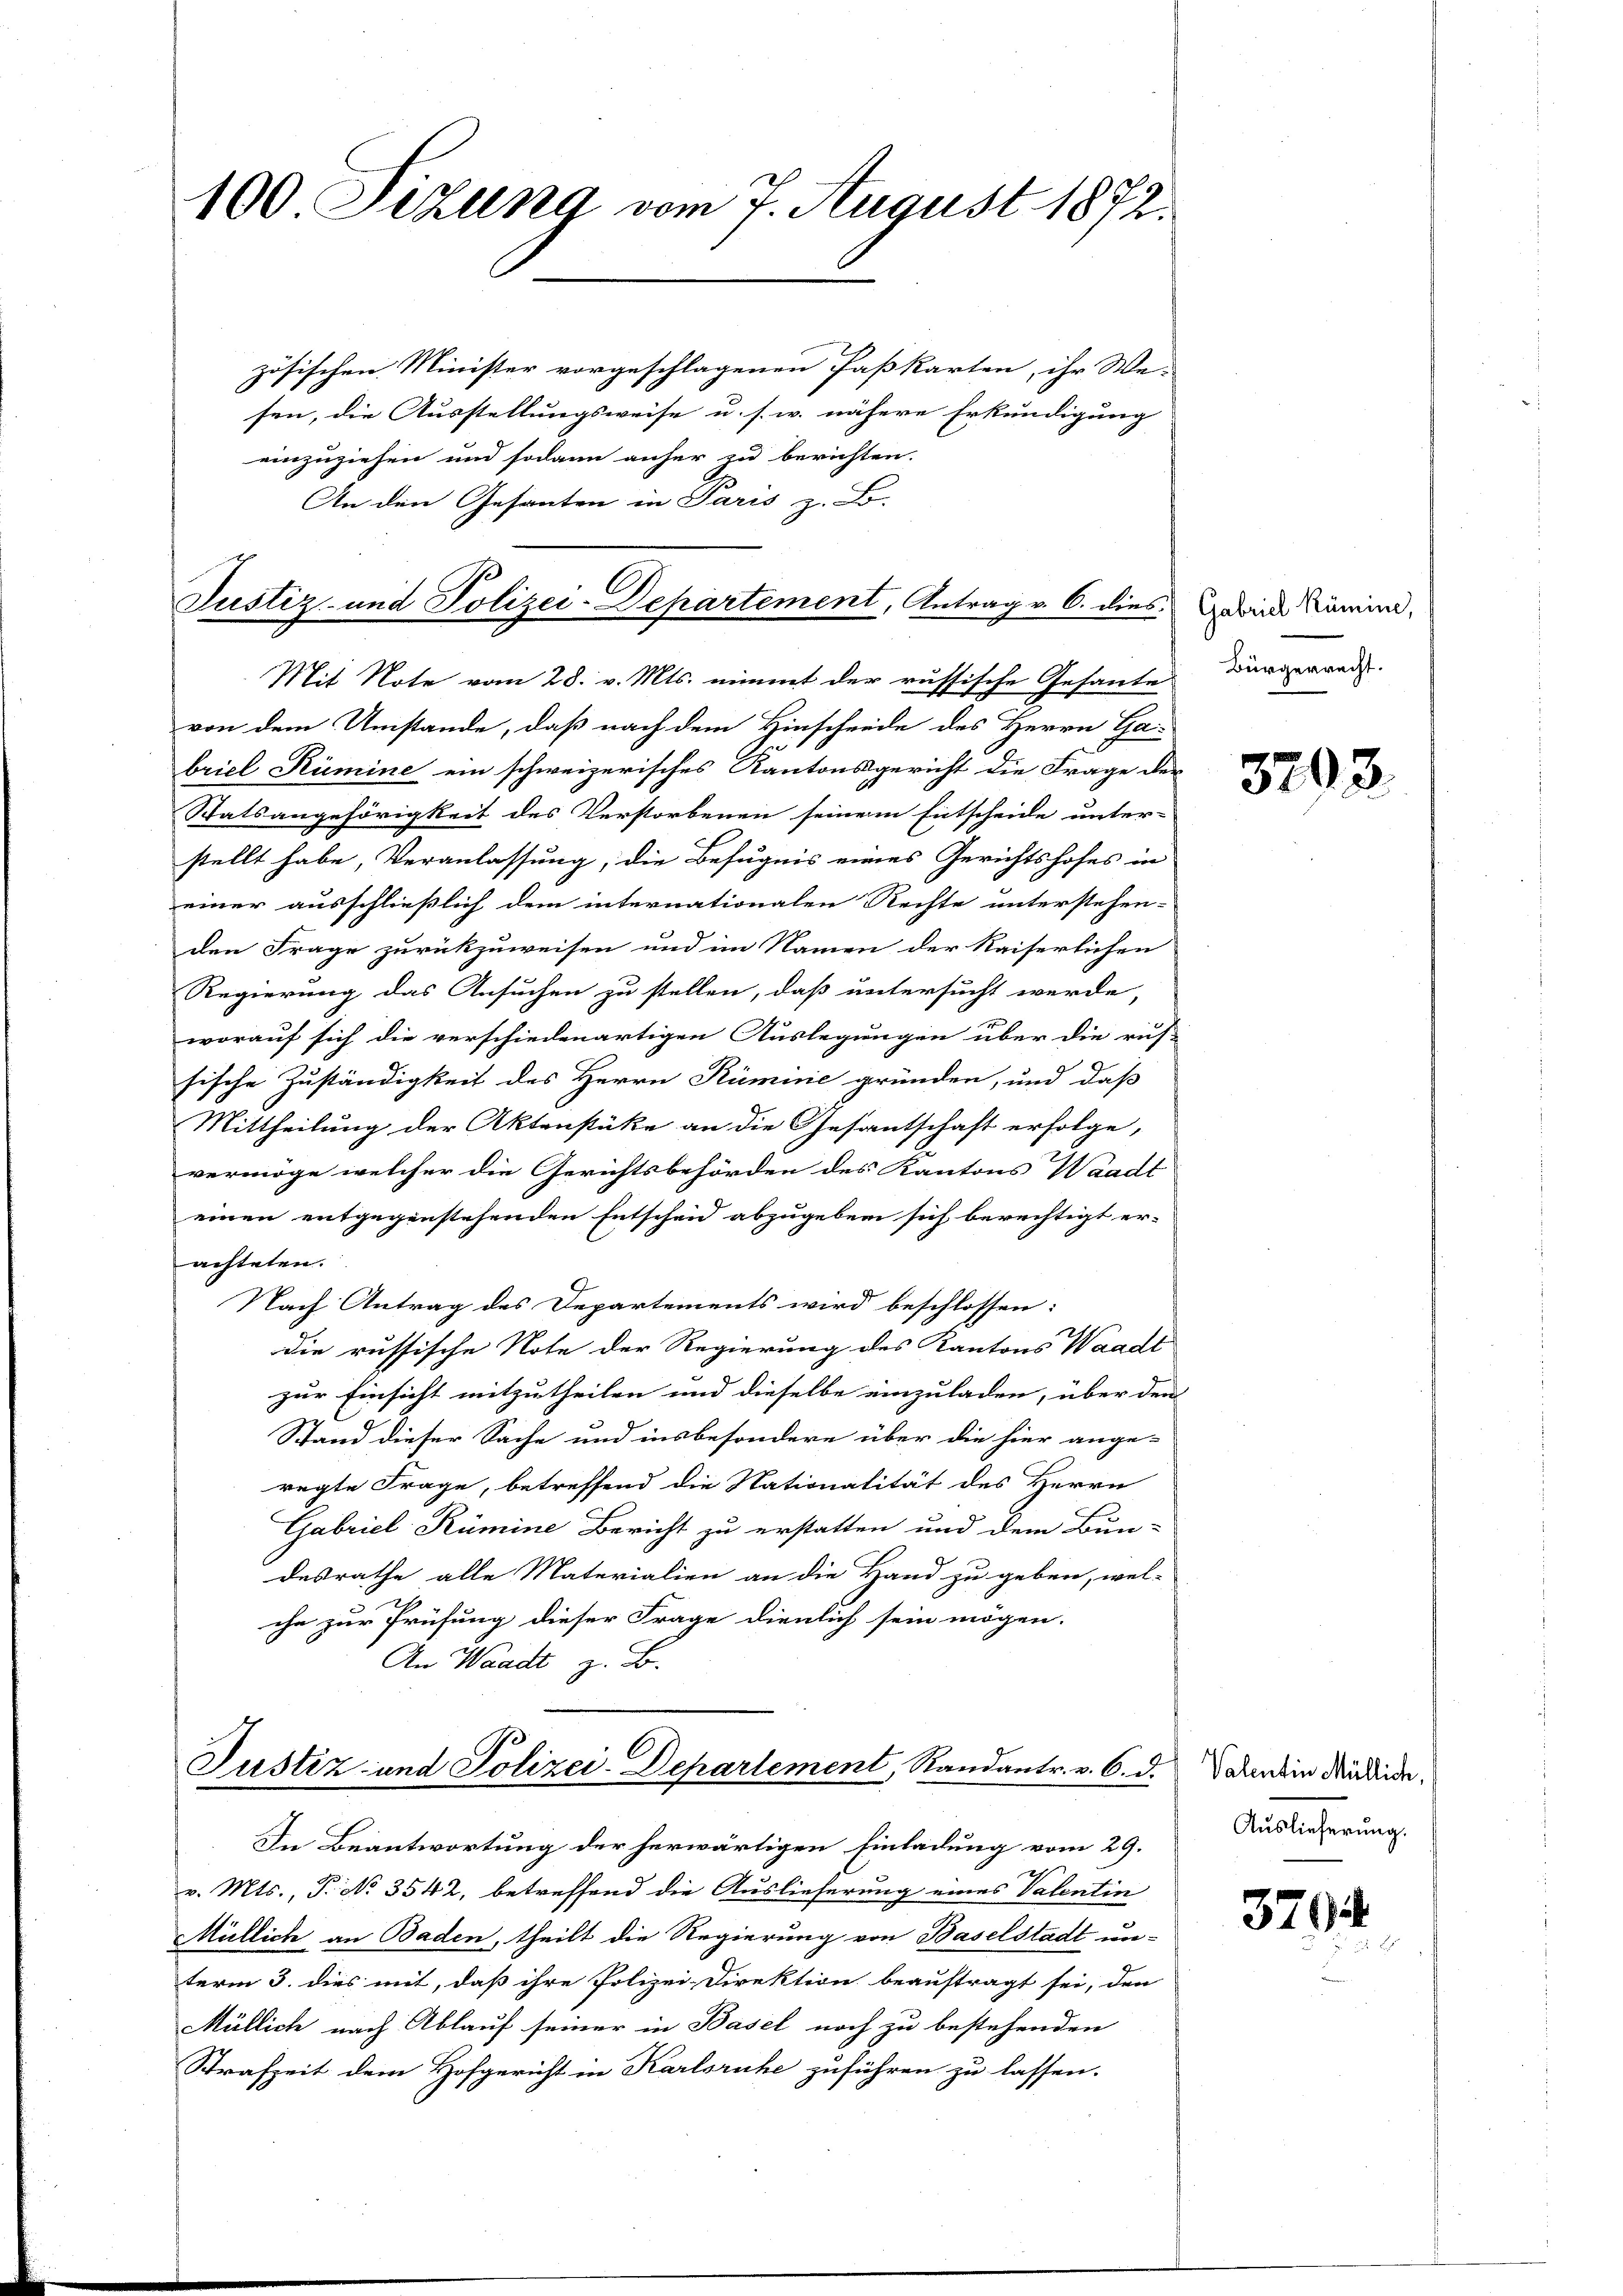
100 Sekung vom 7. August 1872.

zösischen Minister vorgeschlagenen Paßkarten, ihr We-
sen, die Ausstellungsweise u. s. w. nähere Erkundigung
einzuziehen und sodann anher zu berichten.
An den Gesanten in Paris z. B.

Justiz- und Polizei-Departement, Antrag v. 6. dies

Mit Note vom 28. v. Mts. nimmt der russische Gesante
von dem Umstände, daß nach dem Hinscheide des Herrn Ga-
briel Kümine ein schweizerisches Kantonsgericht die Frage der
Statsangehörigkeit des Verstorbenen seinem Entscheide unter-
stellt habe, Veranlassung, die Befugnis eines Gerichtshofes in
einer ausschließlich dem internationalen Rechte unterstehen-
den Frage zurückzuweisen und im Namen der Kaiserlichen
Regierung das Ansuchen zu stellen, daß untersucht werde,
worauf sich die verschiedenartigen Auslegungen über die rus-
sische Zuständigkeit des Herrn Rümine gründen, und daß
Mittheilung der Aktenstüke an die Gesantschaft erfolge,
vermöge welcher die Gerichtsbehörden des Kantons Waadt
einen entgegenstehenden Entscheid abzugeben sich berechtigt er-
achteten.
Nach Antrag des Departements wird beschlossen:
die russische Note der Regierung des Kantons Waadt
zur Einsicht mitzutheilen und dieselbe einzuladen, über den
Stand dieser Sache und insbesondere über die hier ange-
regte Frage, betreffend die Nationalität des Herrn
Gabriel Kümine Bericht zu erstatten und dem Bun-
desrathe alle Materialien an die Hand zu geben, wel-
che zur Prüfung dieser Frage dienlich sein mögen.
An Waadt z. B.

Justiz und Polizei-Departement, Randantr. v. 6. d.
In Beantwortung der herwärtigen Einladung vom 29.

v. Mts., P. No 3542, betreffend die Auslieferung eines Valentin
Müllich an Baden, theilt die Regierung von Baselstadt un-
term 3. dies mit, daß ihre Polizei-Direktion beauftragt sei, den
Müllich nach Ablauf seiner in Basel noch zu bestehenden
Strafzeit dem Hofgericht in Karlsruhe zuführen zu lassen.

Gabriel Kümine,
Bürgerrecht.

3793

Valentin Müllich,
Auslieferung.

3794
und